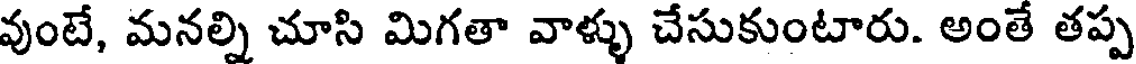
వుంటే, మనల్ని చూసి మిగతా వాళ్ళు చేసుకుంటారు. అంతే తప్ప